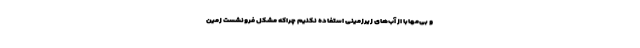
و بی‌مهابا از آب‌های زیرزمینی استفاده نکنیم چراکه مشکل فرونشست زمین